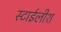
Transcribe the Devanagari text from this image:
स्टाईलीश